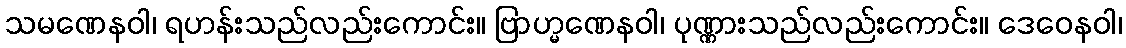
သမဏေနဝါ၊ ရဟန်းသည်လည်းကောင်း။ ဗြာဟ္မဏေနဝါ၊ ပုဏ္ဏားသည်လည်းကောင်း။ ဒေဝေနဝါ၊